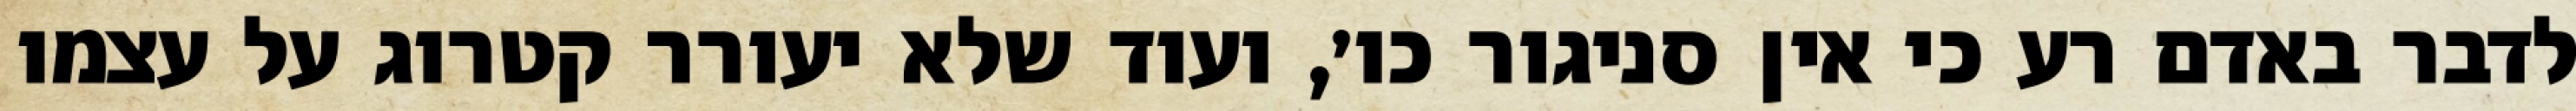
לדבר באדם רע כי אין סניגור כו׳, ועוד שלא יעורר קטרוג על עצמו